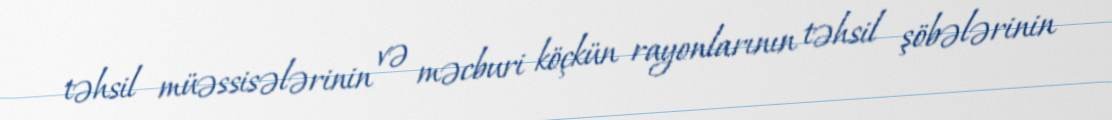
təhsil müəssisələrinin və məcburi köçkün rayonlarının təhsil şöbələrinin